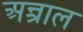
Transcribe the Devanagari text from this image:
अन्त्राल